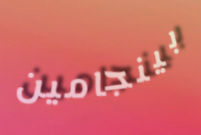
بينجامين